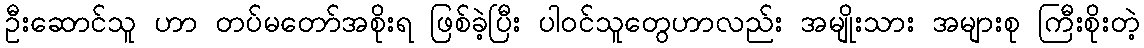
ဦးဆောင်သူ ဟာ တပ်မတော်အစိုးရ ဖြစ်ခဲ့ပြီး ပါဝင်သူတွေဟာလည်း အမျိုးသား အများစု ကြီးစိုးတဲ့